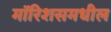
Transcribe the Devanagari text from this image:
मॉरिशसमधील